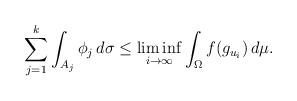
\begin{align*}\sum_{j=1}^k\int_{A_j}\phi_j\,d\sigma\le \liminf_{i\to\infty}\int_{\Omega} f(g_{u_i})\,d\mu.\end{align*}